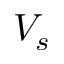
V _ { s }